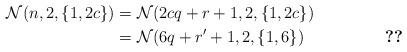
LaTeX: \begin{align*}\mathcal{N}(n, 2, \{1,2c\})&=\mathcal{N}(2cq+r+1, 2, \{1,2c\})\\ &=\mathcal{N}(6q+r'+1,2,\{1,6\}) &\ref{three}\end{align*}